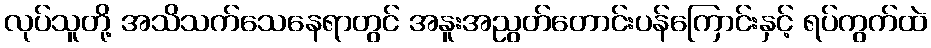
လုပ်သူတို့ အသိသက်သေနေရာတွင် အနူးအညွတ်တောင်းပန်ကြောင်းနှင့် ရပ်ကွက်ထဲ